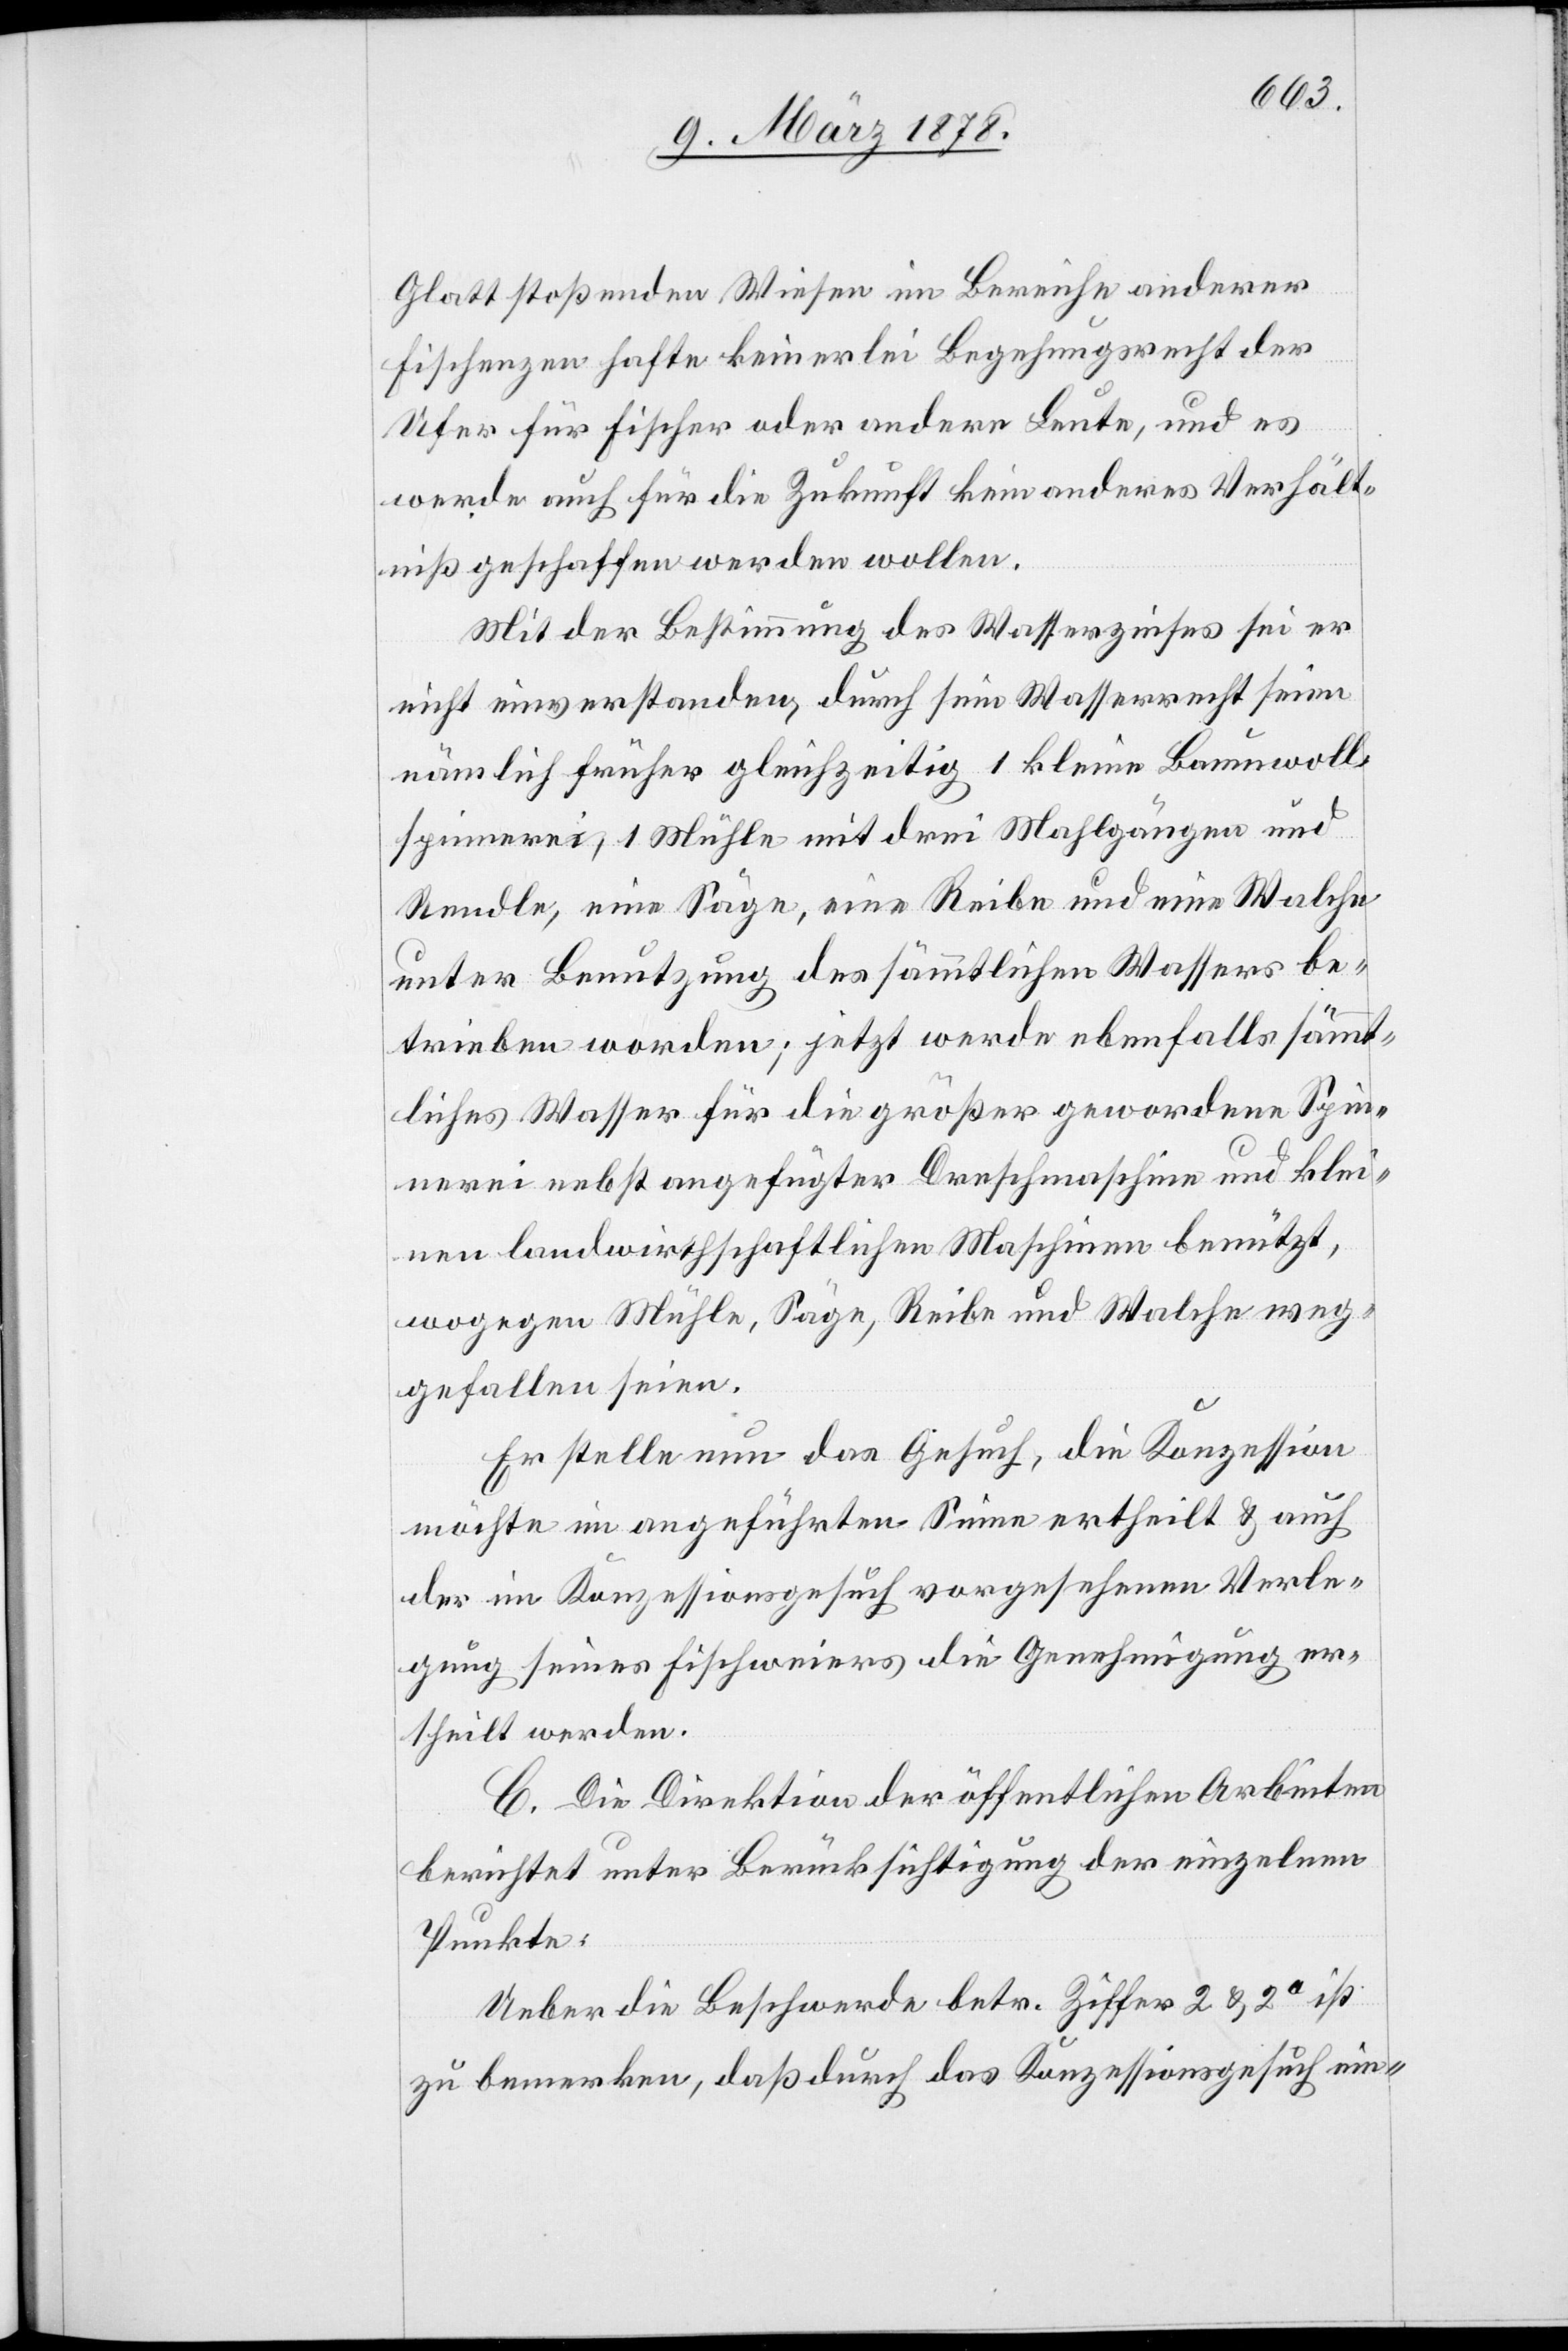
Glatt stoßenden Wiesen im Bereiche anderer
Fischenzen hafte keinerlei Begehungsrecht der
Ufer für Fischer oder andere Leute, und es
werde auch für die Zukunft kein anderes Verhält¬
nis geschaffen werden wollen.
Mit der Bestimmung des Wasserzinses sei er
nicht einverstanden, durch sein Wasserrecht seien
nämlich früher gleichzeitig 1 kleine Baumwoll¬
spinnerei, 1 Mühle mit drei Mahlgängen und
Rendle, eine Säge, eine Reibe und eine Walche
unter Benutzung des sämmtlichen Wassers be¬
trieben worden; jetzt werde ebenfalls sämmt¬
liches Wasser für die größer gewordene Spin¬
nerei nebst angefügter Drehmaschine und klei¬
nen landwirthschaftlichen Maschinen benützt,
wogegen die Stühle, Säge, Reibe und Walche weg¬
gefallen seien.
Er stelle nun das Gesuch, die Konzession
möchte im angeführten Sinne ertheilt & auch
der im Konzessionsgesuch vorgesehenen Verle¬
gung seines Fischweiers die Genehmigung er¬
theilt werden.
C. Die Direktion der öffentlichen Arbeiten
berichtet unter Berücksichtigung der einzelnen
Punkte:
Ueber die Beschwerde betr. Ziffer 2 & 2a ist
zu bemerken, daß durch das Konzessionsgesuch ein-